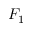
F _ { 1 }